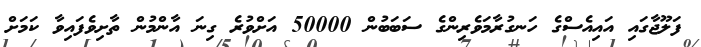
ފަލޫޖާގައި އައިއެސްގެ ހަނގުރާމަވެރިންގެ ސަބަބުން 50000 އަށްވުރެ ގިނަ އާންމުން ތާށިވެފައިވާ ކަމަށް